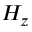
H _ { z }